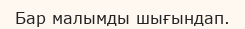
Бар малымды шығындап.